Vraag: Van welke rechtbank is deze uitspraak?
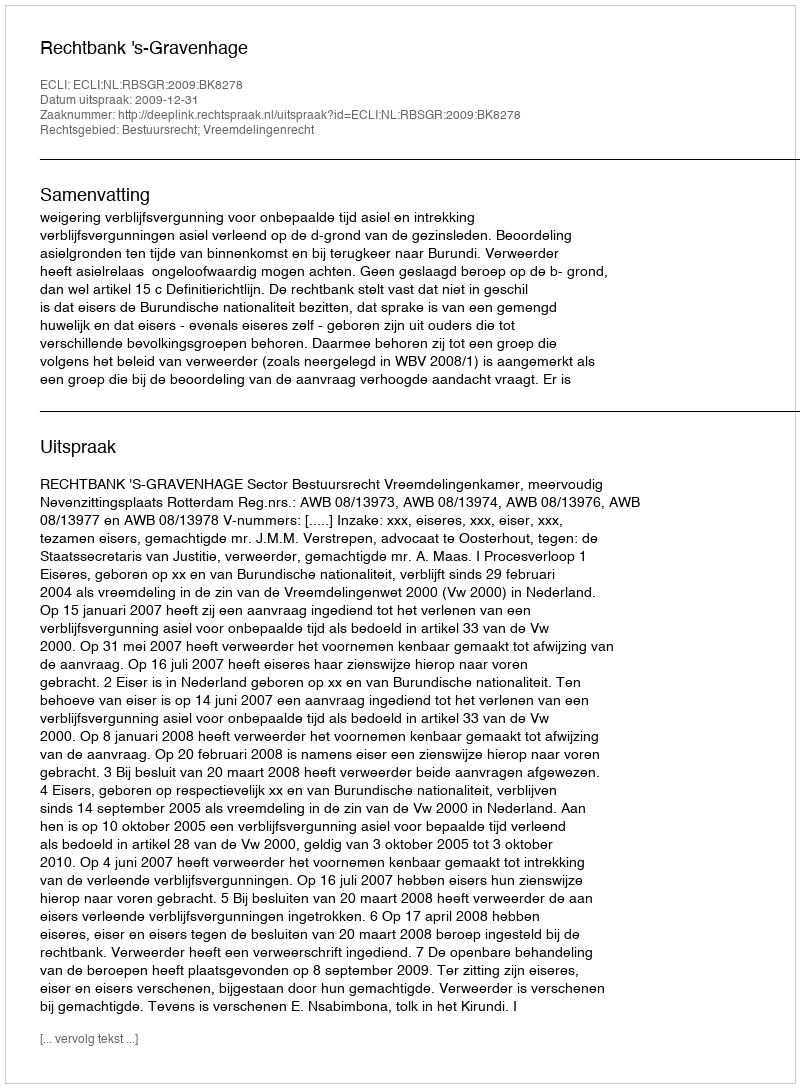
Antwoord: Rechtbank 's-Gravenhage